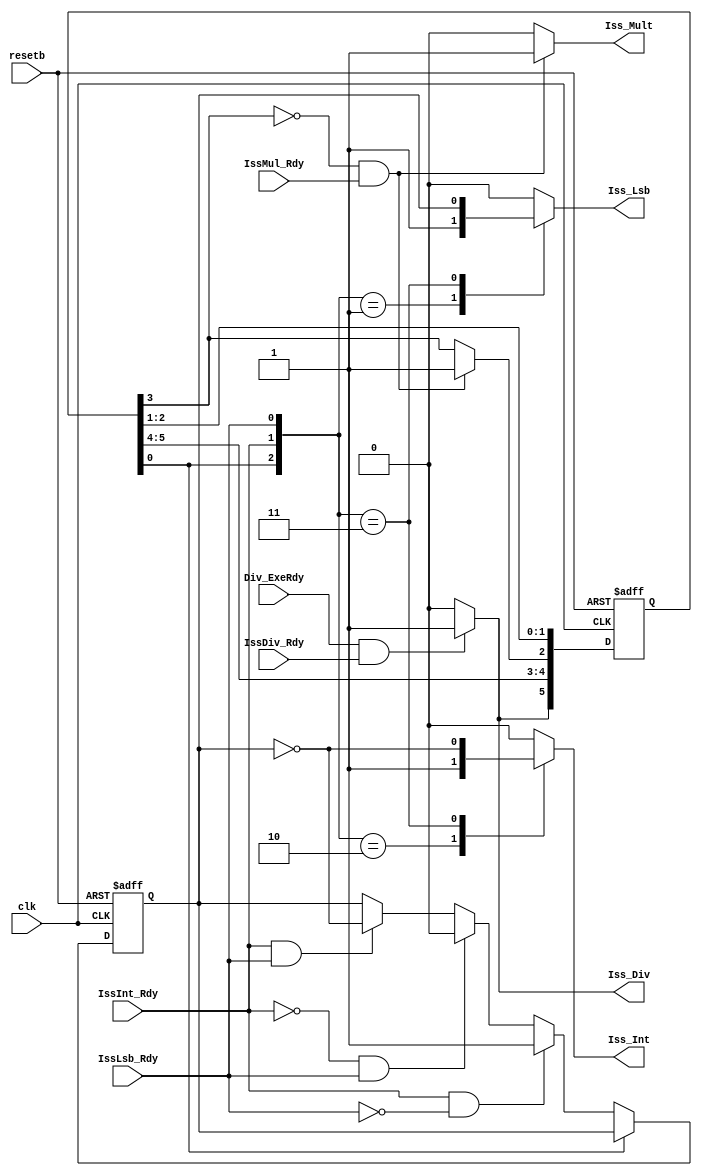
// Issue Unit
// CopyRight @2022 Yuqing Guo

module issue_unit ( clk,
                    resetb,
                    IssInt_Rdy,
                    IssMul_Rdy,
                    IssDiv_Rdy,
                    IssLsb_Rdy,
                    Iss_Int,
                    Iss_Mult,
                    Iss_Div,
                    Iss_Lsb,
                    Div_ExeRdy
);

input clk;
input resetb;
input IssInt_Rdy;
input IssMul_Rdy;
input IssDiv_Rdy;
input IssLsb_Rdy;
input Div_ExeRdy;

output reg Iss_Int;
output reg Iss_Lsb;
output Iss_Mult;
output Iss_Div;

reg [5:0] cdb_slot;
reg lru_bit; // for L/S, R-Type
 
always @ (posedge clk or negedge resetb) begin
    
    if (!resetb) begin
        cdb_slot <= 0;
        lru_bit <= 0;
    end

    else begin
        
        cdb_slot <= cdb_slot >> 1;
        if (Div_ExeRdy && IssDiv_Rdy) cdb_slot[5] <= 1;
        if (!cdb_slot[3] && IssMul_Rdy) cdb_slot[2] <= 1;
        
        if (!cdb_slot[0]) begin
            if      (IssInt_Rdy && !IssLsb_Rdy) lru_bit <= 1;
            else if (!IssInt_Rdy && IssLsb_Rdy) lru_bit <= 0;
            else if (IssInt_Rdy && IssLsb_Rdy)  lru_bit <= ~lru_bit;
        end
        
    end 

end

always @ (*) begin
 
    case ({cdb_slot[0], IssInt_Rdy, IssLsb_Rdy})

        3'b010: begin
            Iss_Int = 1;
            Iss_Lsb = 0;
        end

        3'b001: begin
            Iss_Int = 0;
            Iss_Lsb = 1;            
        end

        3'b011: begin
            Iss_Int = ~lru_bit;
            Iss_Lsb = lru_bit;            
        end

        default: begin
            Iss_Int = 0;
            Iss_Lsb = 0;            
        end

    endcase

/*
    if ({cdb_slot[0], IssInt_Rdy, IssLsb_Rdy} == 3'b010) begin
        Iss_Int = 1;
        Iss_Lsb = 0;
    end
    else if ({cdb_slot[0], IssInt_Rdy, IssLsb_Rdy} == 3'b001) begin
        Iss_Int = 0;
        Iss_Lsb = 1;
    end
    else if ({cdb_slot[0], IssInt_Rdy, IssLsb_Rdy} == 3'b011) begin
        Iss_Int = ~lru_bit;
        Iss_Lsb = lru_bit;  
    end
    else begin
        Iss_Int = 0;
        Iss_Lsb = 0;
    end
*/
end

assign Iss_Div = (Div_ExeRdy && IssDiv_Rdy) ? 1 : 0;
assign Iss_Mult = (!cdb_slot[3] && IssMul_Rdy) ? 1 : 0;

endmodule